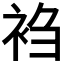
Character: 𬡎